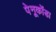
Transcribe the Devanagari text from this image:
पेनूकोंडा